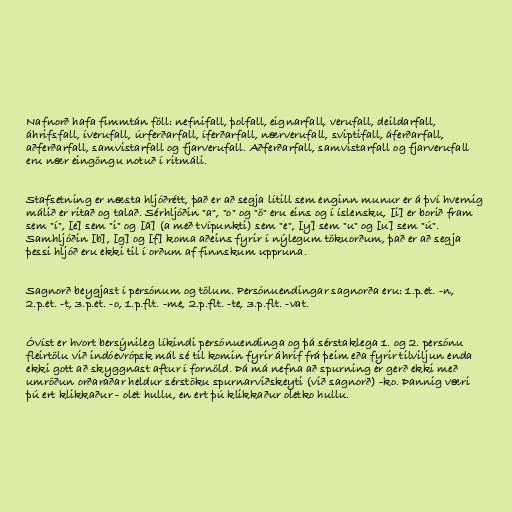
Nafnorð hafa fimmtán föll: nefnifall, þolfall, eignarfall, verufall, deildarfall,
áhrifsfall, íverufall, úrferðarfall, íferðarfall, nærverufall, sviptifall, áferðarfall,
aðferðarfall, samvistarfall og fjarverufall. Aðferðarfall, samvistarfall og fjarverufall
eru nær eingöngu notuð í ritmáli.

Stafsetning er næsta hljóðrétt, það er að segja lítill sem enginn munur er á því hvernig
málið er ritað og talað. Sérhljóðin "a", "o" og "ö" eru eins og í íslensku, [i] er borið fram
sem "í", [e] sem "i" og [ä] (a með tvípunkti) sem "e", [y] sem "u" og [u] sem "ú".
Samhljóðin [b], [g] og [f] koma aðeins fyrir í nýlegum tökuorðum, það er að segja
þessi hljóð eru ekki til í orðum af finnskum uppruna.

Sagnorð beygjast í persónum og tölum. Persónuendingar sagnorða eru: 1.p.et. -n,
2.p.et. -t, 3.p.et. -o, 1.p.flt. -me, 2.p.flt. -te, 3.p.flt. -vat.

Óvíst er hvort bersýnileg líkindi persónuendinga og þá sérstaklega 1. og 2. persónu
fleirtölu við indóevrópsk mál sé til komin fyrir áhrif frá þeim eða fyrir tilviljun enda
ekki gott að skyggnast aftur í fornöld. Þá má nefna að spurning er gerð ekki með
umröðun orðaraðar heldur sérstöku spurnarviðskeyti (við sagnorð) -ko. Þannig væri
þú ert klikkaður - olet hullu, en ert þú klikkaður oletko hullu.